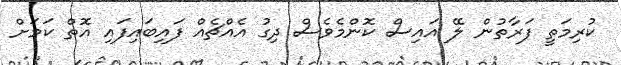
ކުރިމަތީ ފަރާތުން ލޭ އައިސް ކޮންމެވެސް ދިގު އެއްޗެއް ފައިބައިފައި އޮތް ކަމަށް